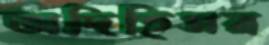
অদিহিসর